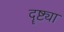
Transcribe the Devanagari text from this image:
दॄष्ट्या